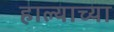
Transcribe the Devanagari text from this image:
हाल्याच्या